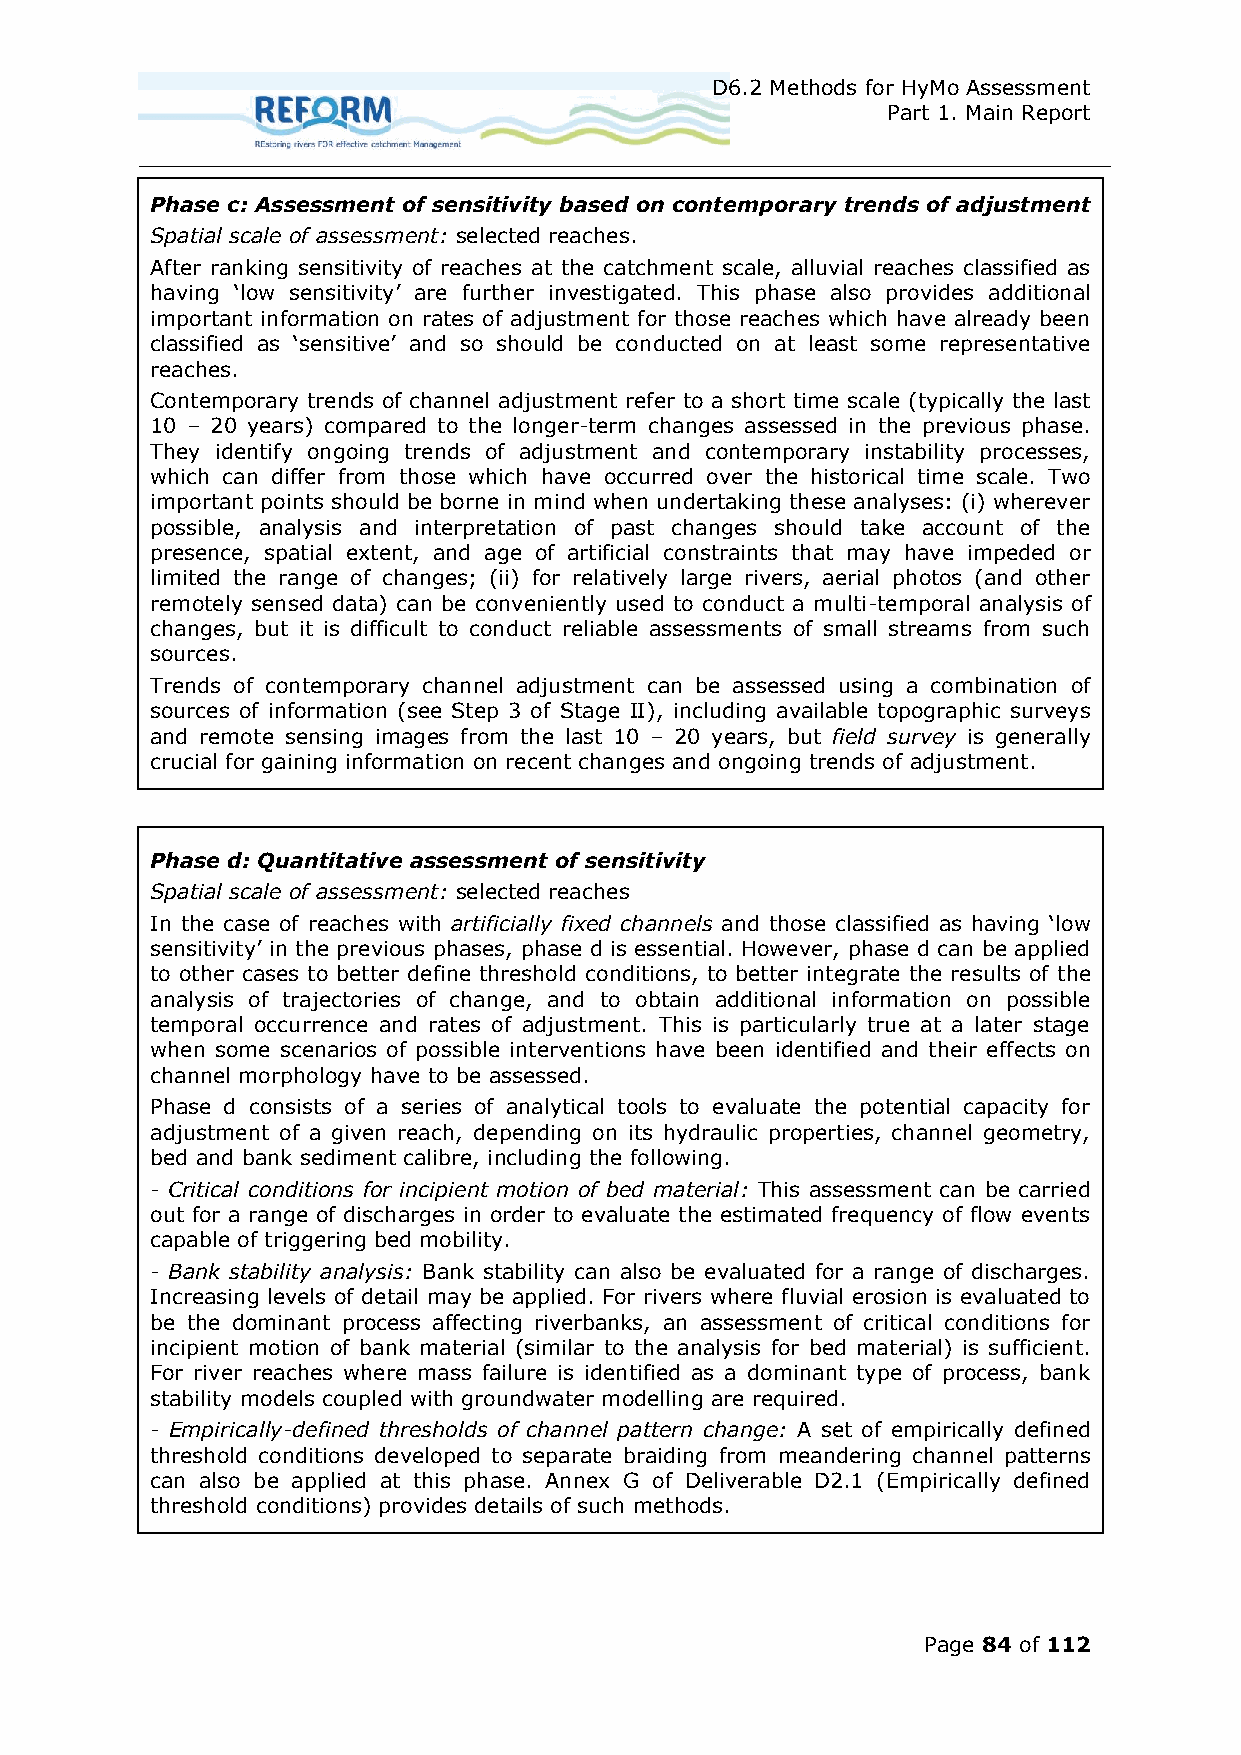
D6.2 Methods for HyMo Assessment
 Part 1. Main Report
 Phase c: Assessment of sensitivity based on contemporary trends of adjustment
 Spatial scale of assessment: selected reaches.
 After ranking sensitivity of reaches at the catchment scale, alluvial reaches classified as
 having ‘low sensitivity’ are further investigated. This phase also provides additional
 important information on rates of adjustment for those reaches which have already been
 classified as ‘sensitive’ and so should be conducted on at least some representative
 reaches.
 Contemporary trends of channel adjustment refer to a short time scale (typically the last
 10 – 20 years) compared to the longer-term changes assessed in the previous phase.
 They identify ongoing trends of adjustment and contemporary instability processes,
 which can differ from those which have occurred over the historical time scale. Two
 important points should be borne in mind when undertaking these analyses: (i) wherever
 possible, analysis and interpretation of past changes should take account of the
 presence, spatial extent, and age of artificial constraints that may have impeded or
 limited the range of changes; (ii) for relatively large rivers, aerial photos (and other
 remotely sensed data) can be conveniently used to conduct a multi-temporal analysis of
 changes, but it is difficult to conduct reliable assessments of small streams from such
 sources.
 Trends of contemporary channel adjustment can be assessed using a combination of
 sources of information (see Step 3 of Stage II), including available topographic surveys
 and remote sensing images from the last 10 – 20 years, but field survey is generally
 crucial for gaining information on recent changes and ongoing trends of adjustment.
 Phase d: Quantitative assessment of sensitivity
 Spatial scale of assessment: selected reaches
 In the case of reaches with artificially fixed channels and those classified as having ‘low
 sensitivity’ in the previous phases, phase d is essential. However, phase d can be applied
 to other cases to better define threshold conditions, to better integrate the results of the
 analysis of trajectories of change, and to obtain additional information on possible
 temporal occurrence and rates of adjustment. This is particularly true at a later stage
 when some scenarios of possible interventions have been identified and their effects on
 channel morphology have to be assessed.
 Phase d consists of a series of analytical tools to evaluate the potential capacity for
 adjustment of a given reach, depending on its hydraulic properties, channel geometry,
 bed and bank sediment calibre, including the following.
 - Critical conditions for incipient motion of bed material: This assessment can be carried
 out for a range of discharges in order to evaluate the estimated frequency of flow events
 capable of triggering bed mobility.
 - Bank stability analysis: Bank stability can also be evaluated for a range of discharges.
 Increasing levels of detail may be applied. For rivers where fluvial erosion is evaluated to
 be the dominant process affecting riverbanks, an assessment of critical conditions for
 incipient motion of bank material (similar to the analysis for bed material) is sufficient.
 For river reaches where mass failure is identified as a dominant type of process, bank
 stability models coupled with groundwater modelling are required.
 - Empirically-defined thresholds of channel pattern change: A set of empirically defined
 threshold conditions developed to separate braiding from meandering channel patterns
 can also be applied at this phase. Annex G of Deliverable D2.1 (Empirically defined
 threshold conditions) provides details of such methods.
 Page 84 of 112